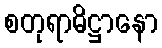
စတုရာဓိဋ္ဌာနော